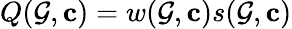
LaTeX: Q(\mathcal{G},\mathbf{{c}})=w(\mathcal{G},\mathbf{{c}})s(\mathcal{G},\mathbf{{c}})